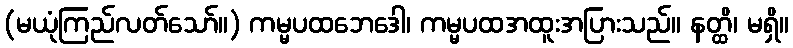
(မယုံကြည်လတ်သော်။) ကမ္မပထဘေဒေါ၊ ကမ္မပထအထူးအပြားသည်။ နတ္ထိ၊ မရှိ။